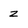
Character: z